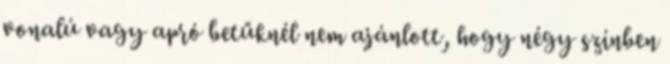
vonalú vagy apró betűknél nem ajánlott, hogy négy színben